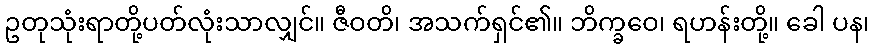
ဥတုသုံးရာတို့ပတ်လုံးသာလျှင်။ ဇီဝတိ၊ အသက်ရှင်၏။ ဘိက္ခဝေ၊ ရဟန်းတို့။ ခေါ ပန၊